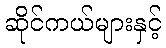
ဆိုင်ကယ်များနှင့်